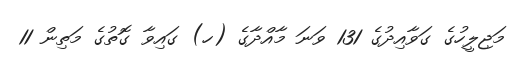
މަޖިލީހުގެ ގަވާއިދުގެ 131 ވަނަ މާއްދާގެ (ހ) ގައިވާ ގޮތުގެ މަތިން 11